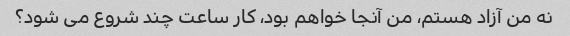
نه من آزاد هستم، من آنجا خواهم بود، کار ساعت چند شروع می شود؟